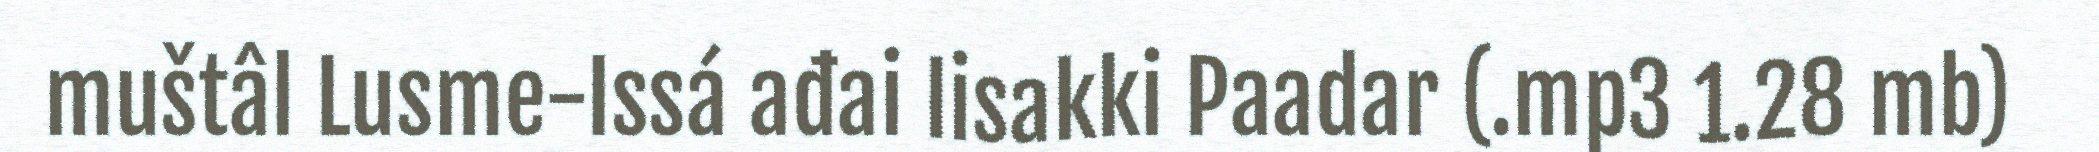
muštâl Lusme-Issá ađai Iisakki Paadar (.mp3 1.28 mb)